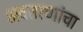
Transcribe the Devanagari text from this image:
अवतरणांचा